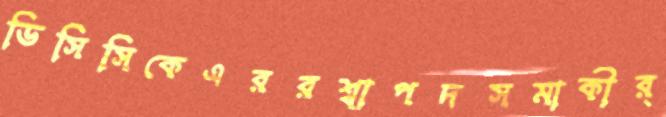
ডিসিসিকেএররশ্বাপদসমাকীর্